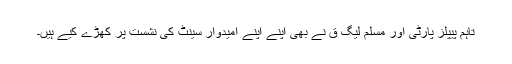
تاہم پیپلز پارٹی اور مسلم لیگ ق نے بھی اپنے اپنے امیدوار سینٹ کی نشست پر کھڑے کیے ہیں۔